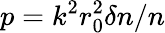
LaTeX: p=k^{2}r_{0}^{2}\delta n/n